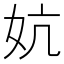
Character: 妔